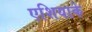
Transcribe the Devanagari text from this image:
एशियाके